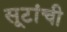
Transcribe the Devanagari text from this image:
सूटांची